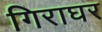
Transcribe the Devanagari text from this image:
गिराघर